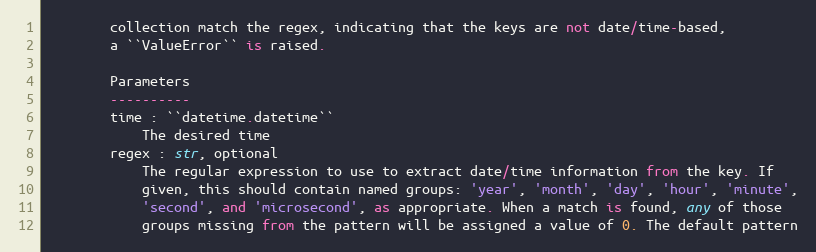
Language: Python
        collection match the regex, indicating that the keys are not date/time-based,
        a ``ValueError`` is raised.

        Parameters
        ----------
        time : ``datetime.datetime``
            The desired time
        regex : str, optional
            The regular expression to use to extract date/time information from the key. If
            given, this should contain named groups: 'year', 'month', 'day', 'hour', 'minute',
            'second', and 'microsecond', as appropriate. When a match is found, any of those
            groups missing from the pattern will be assigned a value of 0. The default pattern